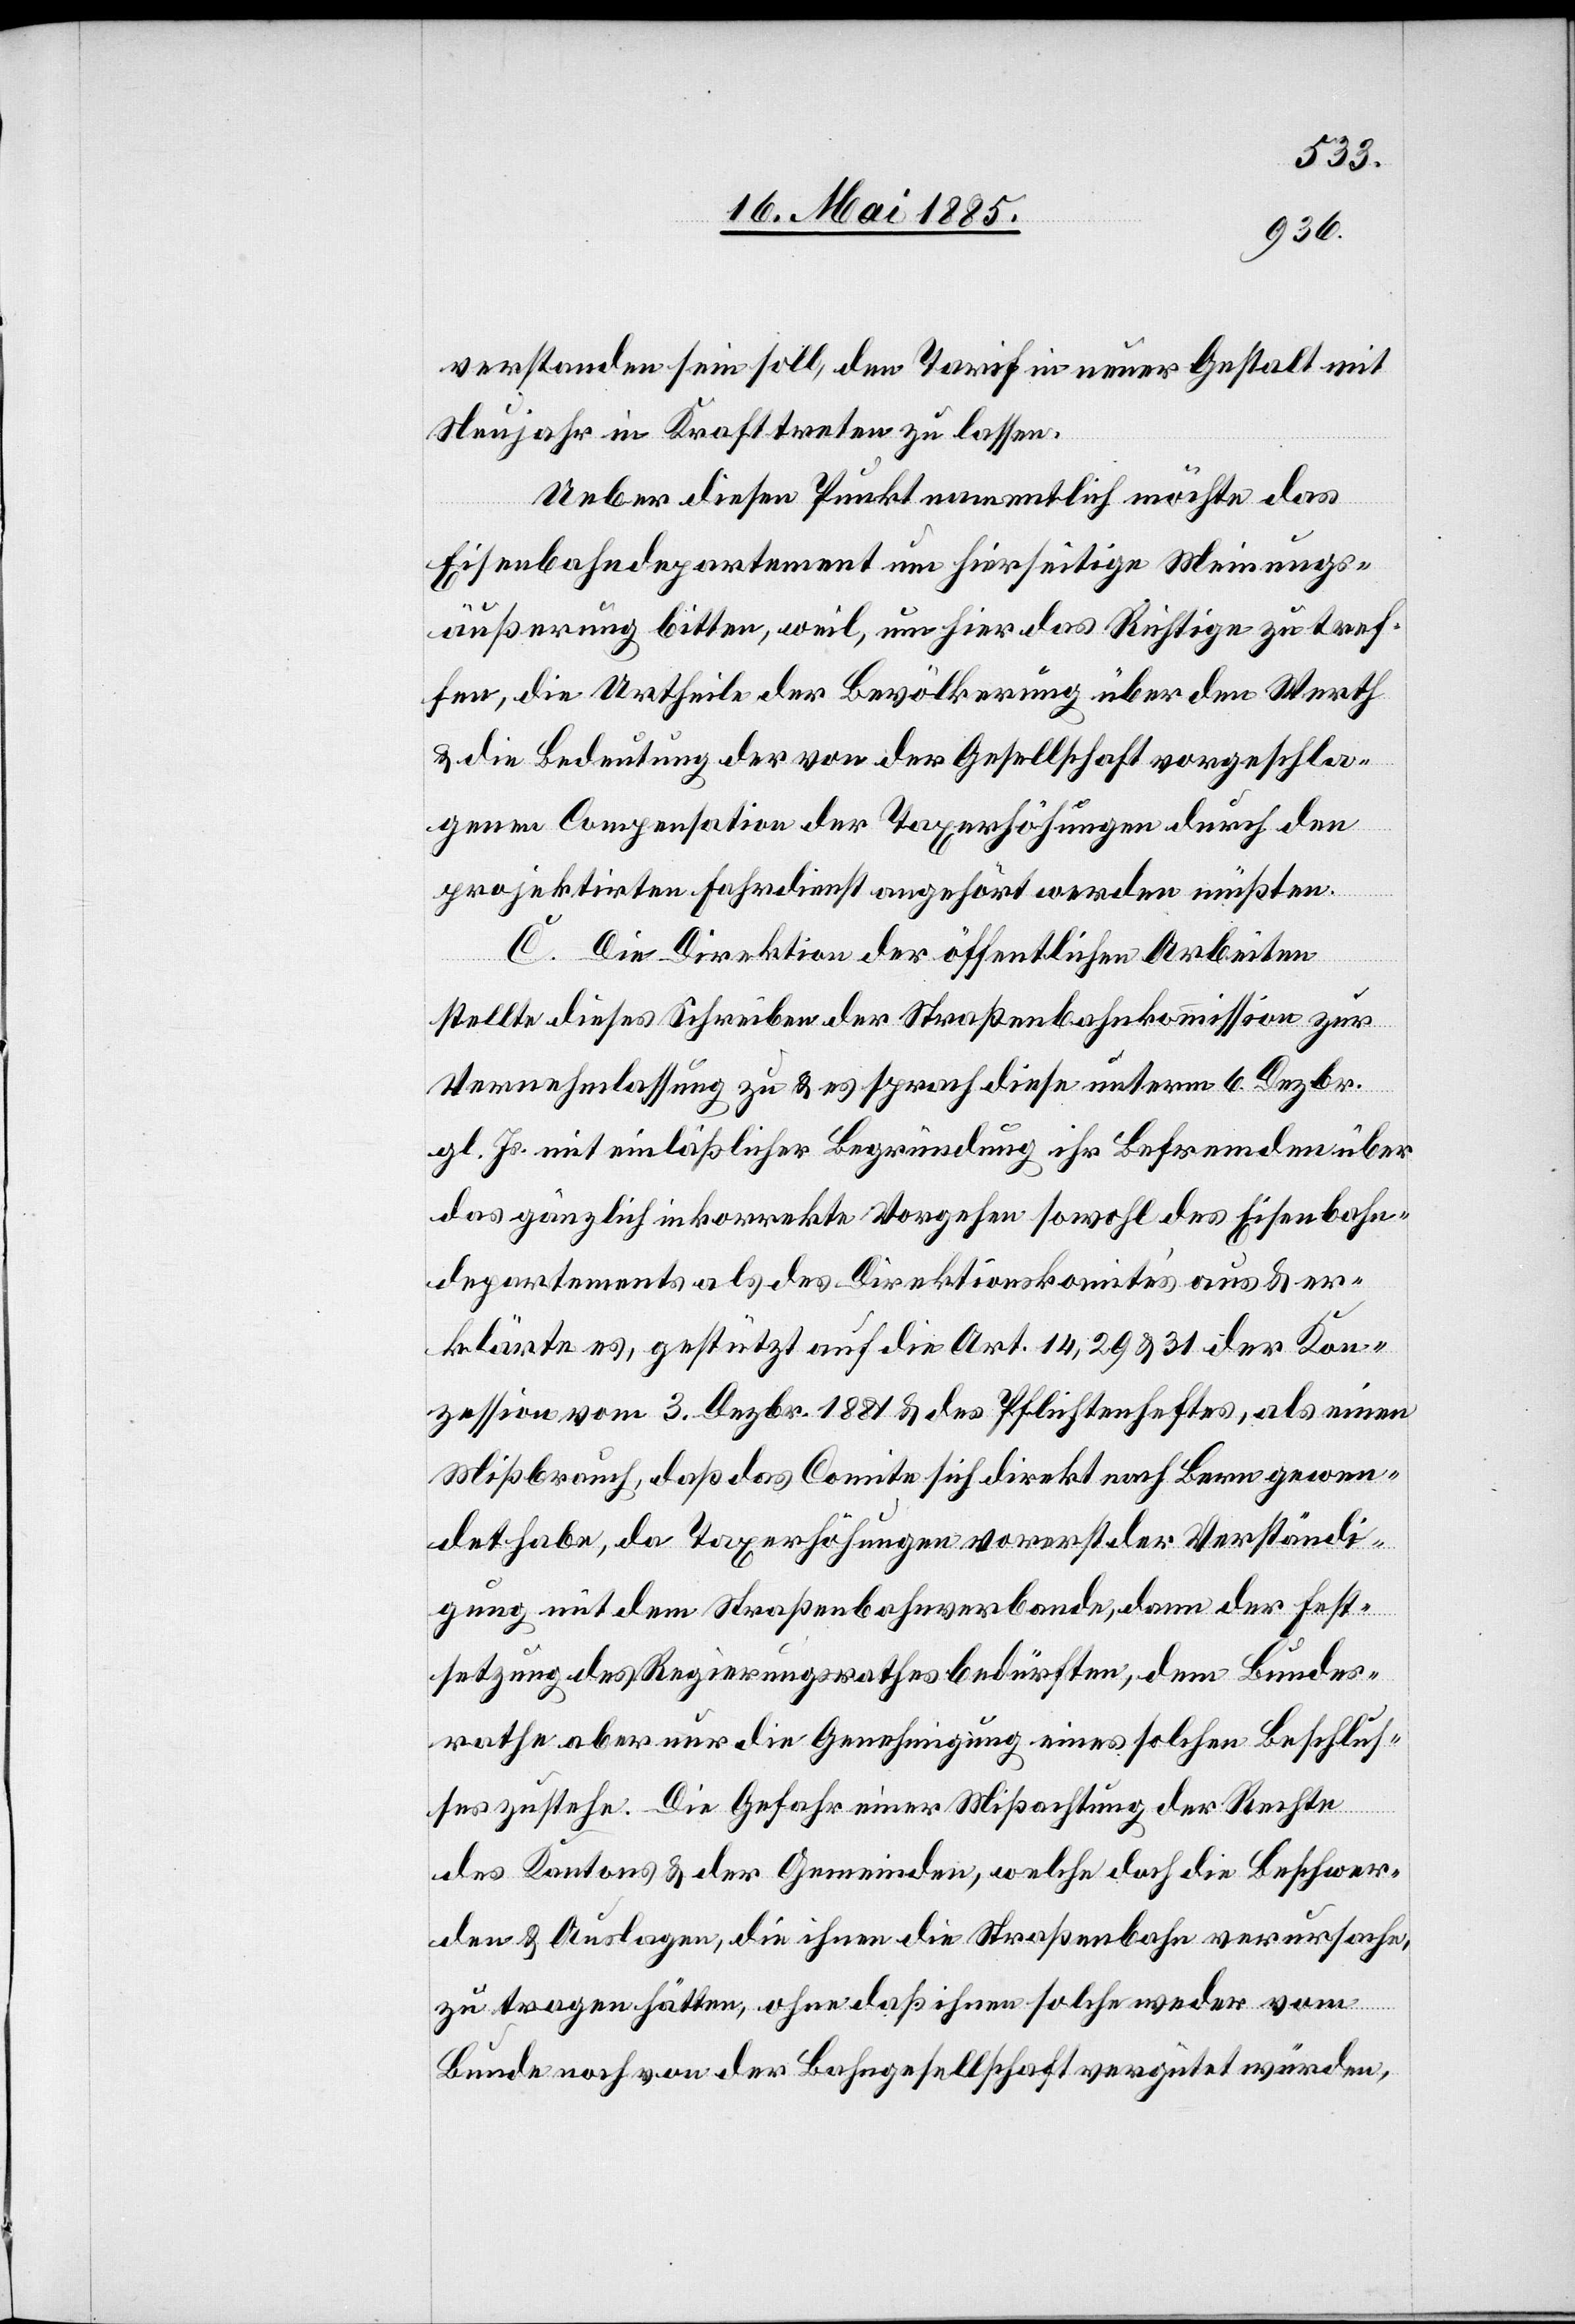
verstanden sein soll, den Tarif in neuer Gestalt mit
Neujahr in Kraft treten zu lassen.
Ueber diesen Punkt namentlich möchte das
Eisenbahndepartement um hierseitige Meinungs¬
äußerung bitten, weil, um hier das Richtige zu tref¬
fen, die Urtheile der Bevölkerung über dem Werth
& die Bedeutung der von der Gesellschaft vorgeschla¬
genen Compensation der Taxerhöhungen durch den
projektirten Fahrdienst angehört werden müßten.
C. Die Direktion der öffentlichen Arbeiten
stellte dieses Schreiben der Straßenbahnkommission zur
Vernehmlassung zu & es sprach diese unterm 6. Dezbr.
gl. Js. mit einläßlicher Begründung ihr Befremden über
das gänzlich inkorrekte Vorgehen sowohl des Eisenbahn¬
departements als des Direktionskomites aus & er¬
klärte es, gestützt auf die Art. 14, 29 & 31 der Kon¬
zession vom 3. Dezbr. 1881 & des Pflichtenheftes, als einen
Mißbrauch, daß das Comite sich direkt nach Bern gewen¬
det habe, da Taxerhöhungen vorerst der Verständi¬
gung mit dem Straßenbahnverbande, dann der Fest¬
setzung des Regierungsrathes bedürften, dem Bundes¬
rathe aber nur die Genehmigung eines solchen Beschlus¬
ses zustehe. Die Gefahr einer Mißachtung der Rechte
des Kantons & der Gemeinden, welche doch die Beschwer¬
den & Auslagen, die ihnen die Straßenbahn verursache,
zu tragen hätten, ohne daß ihnen solche weder vom
Bunde noch von der Bahngesellschaft vergütet würden,